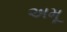
અમૂ